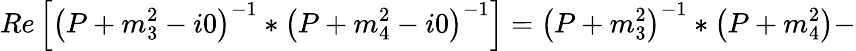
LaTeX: Re\left[\left(P+m_{3}^{2}-i0\right)^{-1}\ast\left(P+m_{4}^{2}-i0\right)^{-1}\right]=\left(P+m_{3}^{2}\right)^{-1}\ast\left(P+m_{4}^{2}\right)-